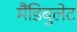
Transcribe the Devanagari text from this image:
मैंडिबुलेट